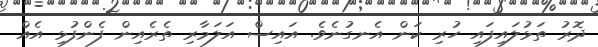
ދޮރު ތަޅުލައިފައި ހުރި ކަން އެނގުނެވެ. އައިސް އަލަމާރި ތެރެއިން ފެންފުޅި އެއް